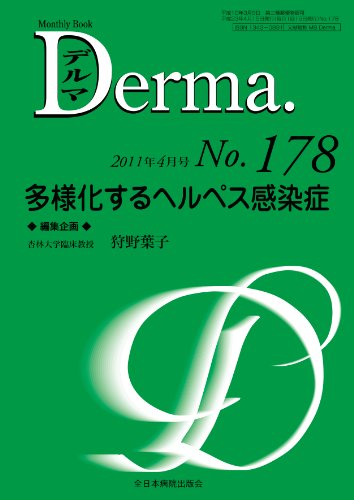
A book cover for Herpes infections diversification (MB Derma (Delmas)) (2011) ISBN: 4881176277 [Japanese Import]; Health, Fitness & Dieting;